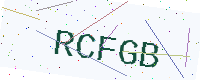
Text: RCFGB